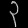
Digit: ၃